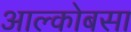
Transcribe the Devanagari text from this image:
आल्कोबसा